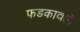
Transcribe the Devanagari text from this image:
फडकावले